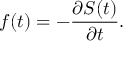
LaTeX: f ( t ) = - { \frac { \partial S ( t ) } { \partial t } } .